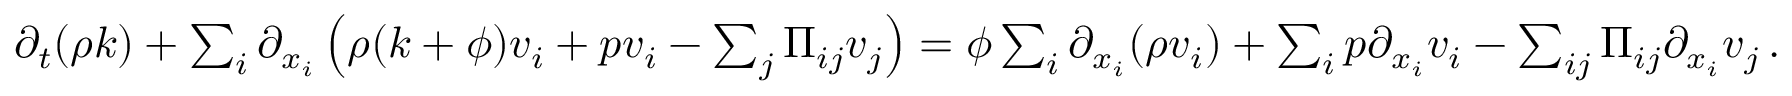
\begin{array} { r } { \partial _ { t } ( \rho k ) + \sum _ { i } \partial _ { x _ { i } } \left( \rho ( k + \phi ) v _ { i } + p v _ { i } - \sum _ { j } { \Pi _ { i j } v _ { j } } \right) = \phi \sum _ { i } \partial _ { x _ { i } } ( \rho v _ { i } ) + \sum _ { i } p \partial _ { x _ { i } } v _ { i } - \sum _ { i j } \Pi _ { i j } \partial _ { x _ { i } } v _ { j } \, . } \end{array}